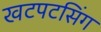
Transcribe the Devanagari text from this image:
खटपटसिंग